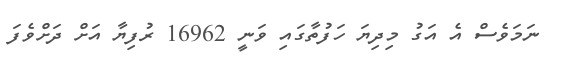
ނަމަވެސް އެ އަގު މިދިޔަ ހަފުތާގައި ވަނީ 16962 ރުފިޔާ އަށް ދަށްވެފަ